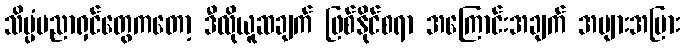
သိပ္ပံပညာရှင်တွေကတော့ ဒီလိုယူဆချက် ဖြစ်နိုင်စရာ အကြောင်းအချက် အများအပြား